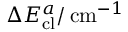
\Delta E _ { \mathrm { c l } } ^ { a } / \, \mathrm { c m } ^ { - 1 }